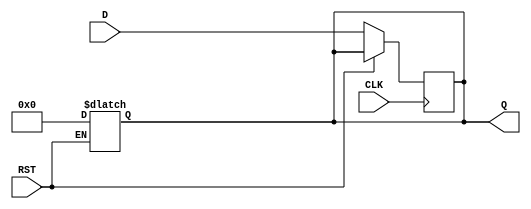
module DataRegister #(
    parameter WIDTH = 8    // Width of the Data Input
)(
    input wire [WIDTH-1:0] D,  // Data Input
    input wire CLK,             // Clock Input
    input wire RST,             // Asynchronous Reset
    output reg [WIDTH-1:0] Q    // Data Output
);

    // Asynchronous reset
    always @(*) begin
        if (RST) begin
            Q <= {WIDTH{1'b0}}; // Clear all bits to 0
        end
    end
    
    // Capture the data on the rising edge of the clock
    always @(posedge CLK) begin
        if (!RST) begin
            Q <= D; // Transfer data on clock rise
        end
    end
    
endmodule